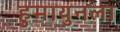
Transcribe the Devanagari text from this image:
हुमायुनला